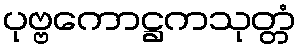
ပုဗ္ဗကောဋ္ဌကသုတ္တံ